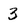
Character: 3